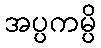
အပ္ပကမ္ပိ